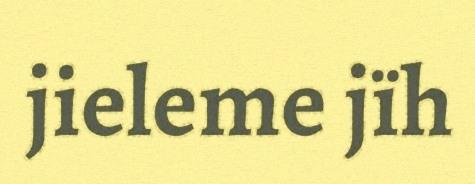
jieleme jïh